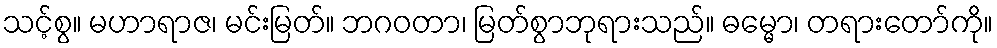
သင့်စွ။ မဟာရာဇ၊ မင်းမြတ်။ ဘဂဝတာ၊ မြတ်စွာဘုရားသည်။ ဓမ္မော၊ တရားတော်ကို။